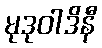
မုဒုဝါဒိနီ